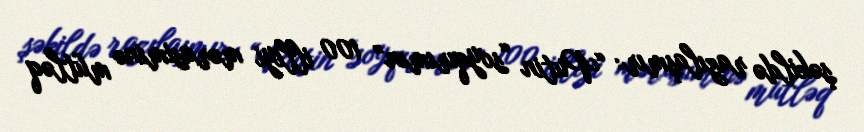
şəkildə razılaşmır: “Putin “soyqırımın” 100 illiyi mərasiminə mütləq